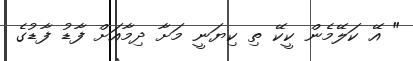
" އޭ ކަލޭމެން ކީކޭ ތި ކިޔަނީ މަށާ ދިމާއަށް ފާޑު ފާޑުގެ